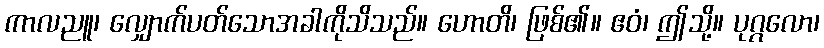
ကာလညူ၊ လျှောက်ပတ်သောအခါကိုသိသည်။ ဟောတိ၊ ဖြစ်၏။ ဧဝံ၊ ဤသို့။ ပုဂ္ဂလော၊